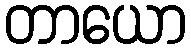
တာယော